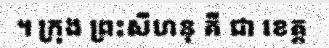
។ ក្រុង ព្រះសីហនុ គី ជា ខេត្ត